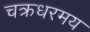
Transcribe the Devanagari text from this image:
चक्रधरमय